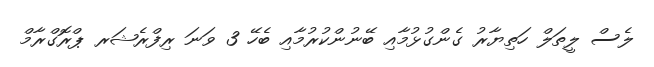
ލެސް ލީތަލް ހަތިޔާރު ގެންގުޅުމާއި ބޭނުންކުރުމާއި ބެހޭ 3 ވަނަ ރިފްރެޝަރ ޕްރޮގްރާމް